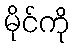
မိုင်ကို